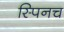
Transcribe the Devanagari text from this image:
स्पिनच